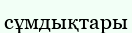
сұмдықтары